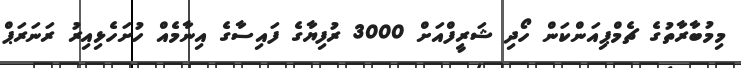
މިމުބާރާތުގެ ޗެމްޕިއަންކަން ހޯދި ޝަރީފްއަށް 3000 ރުފިޔާގެ ފައިސާގެ އިނާމެއް ހުށަހެޅިއިރު ރަނަރަޕް